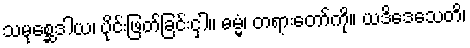
သမုစ္ဆေဒါယ၊ ပိုင်းဖြတ်ခြင်းငှါ။ ဓမ္မံ၊ တရားတော်ကို။ ယဒိဒေသေတိ၊